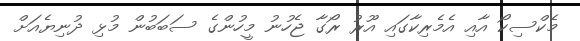
މެކްސިކޯ އާއި އެމެރިކާގައި އޫރު ރޯގާ ޖެހުނު މީހުންގެ ސަބަބުން މުޅި ދުނިޔެއަށް